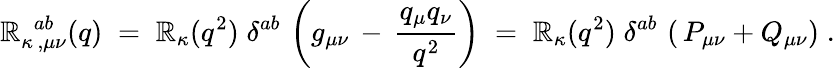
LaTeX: {\cal\mathbb{R}}_{\kappa\, ,\mu\nu}^{\; \, ab}(q)\; =\; {\mathbb{R}}_{\kappa}(q^{2})\; \delta^{ab}\, \left(g_{\mu\nu}\, -\, \frac{{q_{\mu}q_{\nu}}}{{q^{2}}}\right)\; =\; {\mathbb{R}}_{\kappa}(q^{2})\; \delta^{ab}\, \left(\, P_{\mu\nu}+Q_{\mu\nu}\right)\; .